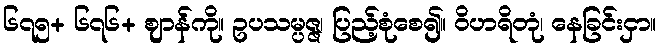
၆၇၅+ ၆၇၆+ ဈာန်ကို။ ဥပသမ္ပဇ္ဇ၊ ပြည့်စုံစေ၍။ ဝိဟရိတုံ၊ နေခြင်းငှာ။